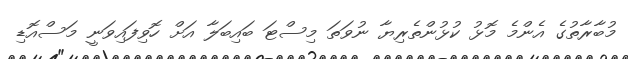
މުބާރާތުގެ އެންމެ މޮޅު ކުޅުންތެރިޔާ ނުވަތަ މިސްޓަ ބައިބަލާ އަށް ހޮވިފައިވަނީ މަސްއޮޑި